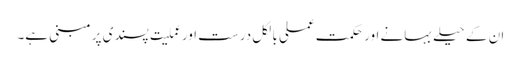
ان کے حیلے بہانے اور حکمت عملی بالکل درست اور عملیت پسندی پر مبنی ہے۔